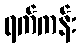
ရက်ကန်း